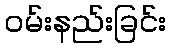
ဝမ်းနည်းခြင်း